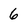
Character: 6